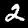
Digit: 2